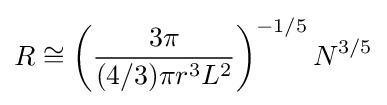
R\cong \left({\frac {3\pi }{(4/3)\pi r^{3}L^{2}}}\right)^{-1/5}N^{3/5}